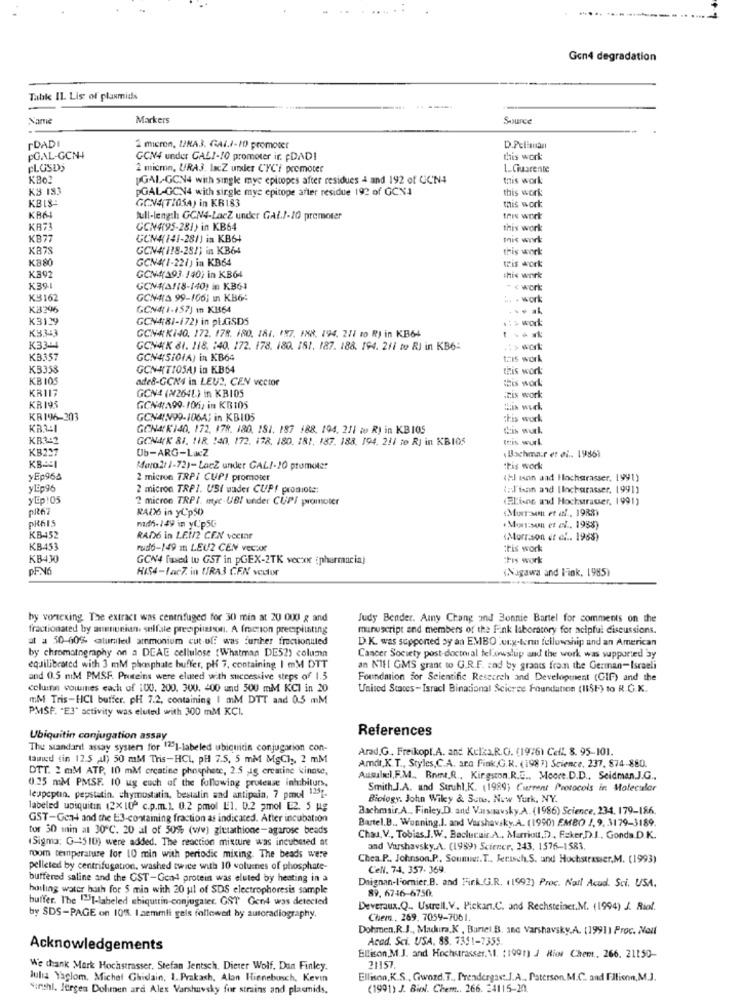
Gon4 degradation
Table IL. Lis of plasmids
Name
Markers
Source
FDADI
2 micron, UNA3. GALI-10 promover
D.Peliman
PGAL-GCN4
GCN4 under GALI-10 promoter ir pDADI
this work
FLOSDO
2 micro, URAJ. IacZ under CYCH promoter
L_ Ciusrente
KBO
[GAL-GCN4 with single mye epicopes after residues 4 and 192 of UCN4
this work
K3 183
pGAL-GCN4 with single mye epitope after residue 192 of GCN4
this work
KBIS-
GON4(TIOSA) in KB183
this work
KR64
full-length GCN4-LacZ under GAL !- 10 premeter
this work
KR73
CCN4195-281) in KB64
this work
KB77
GCN4(141-28/) in KB6+
this work
KB78
GCN4(178-28/1 in KB64
this work
KB80
GCN4(1-221) in KB64
Tis work
K392
GCN4(193 /40) in KB64
this work
K391
GCN#2118-140) in KB64
- c work
K3162
GCN43 99-106; ın KB6:
.. . work
KB296
GCN4(1-157) mn K1564
K3129
GCN4(81-172) in pLGSDS
.: > work
K3343
GCN4KI40, 172. 178. 180. 181. 187. 188. 194. 211 to R) in KB64
K33-4
GCN4K 81. 118. : 40. 172. 178. 180. 181. 187. 188. 194. 211 to RI in KB6:
.: > work
KB357
GCN4SI01A) in KB64
this work
KB353
GCNATIOSAJ in KB64
this work
KBIOS
ade&-GCN4 in LEU2, CEN vector
this work
KR117
GCN4 (W2641) in KB105
Eis work
KR195
GCN4A99-106, in KBIOS
KR196-203
GCNAN99-1064; in KB105
:Fis work
KB3:1
GCN4K140, 172. 178. 180. 181. 187 688. 194. 211 to R) in KBIOS
das wurk
KB3-2
GON4(K 81. 118. 140. 172. 178. 180. 181. 187. 188. 194. 211 to RJ in KBIOS
Inis wurl.
KB227
Ub-ARG-LacZ
Bachmar et ei .. 19861
KB-251
Mara 21 1-72)- LaeZ under GALI-20 promoter
this work
yEp964
2 micron TRPI CUP/ promoter
(Hl inn and Hochgrasser, 1991)
yEp96
2 micron TRPI. USI uader CUP! promiote:
1:1'train and [locharasser. 1991]
yLp:05
2 micron TRPI. myc-UBI under CUPS promoter
(Eliane and Hochstrauer, 1991)
pit67
RADS in yCp50)
Murr-son et al, 1988)
PR615
md6-14 in yC'p5G
« Man et al ., 1988)
KB-452
RAD6 in LEI/2 CEN vector
(Morrison er ef .. 1968)
KB453
rud6-149 m LEU2 CEN VECAK
:tis work
KB430
GCN4 [used to GST in pGEX-2TK vecxx (pharmacia)
;Fiş work
HIS4-ParZ. in URA3 CEN vector
(Nagawa and Fink, 1985)
hy vonexing. The extract was centrifuged for 30 min at 20 000 g and
Judy Bender. Amy Chang and Bonnie Bartel for comments on the
fractionated by anenuniun. selfale precipizion. A freon precipitating
manuscript and members of the Fink laboratory for acipful discussions.
at a 50-60% catunited ammonium cut-off was further fractionuted
D.K. was supported by an EMBO urg-term fellowship und an American
by chromatography on a DEAE cellulose :Whatman DE52) column
Cancer Society post-doctoral fellowship and the work was supported by
equilibrated with 3 mM phosphate buffer, pli 7, containing I mM DTT
an NIE[ GMS grant to G.R.F. and by grands from the German-Israeli
and 0.5 mM PMSF. Proteins were elused with successive steps of 1.5
Foundation for Scientific Research and Development (GIF) and the
column volumes each of 100. 200, 300. 200 and 500 mM KCI in 20
United States- Israel Binational Science Foundation (IISF) to R.G.K.
mM Tris-HCI butfer. pH 7.2, containing I mM DTT and 0.5 mM
PMSF. "E3" activity was eluted with 300 mM KCI.
References
Ubiquitin conjugation assay
The standard assay system for 12"1-labeled ubiquitin conjugarion con-
Arad.G ., Freikopl.A. and Kelka.R.G. (19:6) Cell. 8. 95-101.
tauwed tin 12.5 Al) 50 mM Tris-HCL, PH 7.5, 5 mM MgCl ,, 2 mM
DTT. 2 mM ATP, 10 mM crcatine phosphere, 2.5 -Ig creatine kinase,
Amdt, K.T ., Styles,C.A. ara Fink,G.K. (1987) Science, 237, 874-880.
Ausubel, F.M .. Bomt.R ., Kingston.R.E ., Moore.D.D ., Seidman.J.G ..
0.25 mM PMSF. 10 ug cuch of the following protease inhibiturs,
Smith.J.A. and Struhl.K. (1989) Current Protocols in Molecular
lespeptia. pepstatin. chymostatin, bestalin and antipain, 7 pmol 1251-
Biology. John Wiley & Sun, New York, NY.
labeled upiquitin (2X 10º c.p.m.). 0.2 pmol L:1. 0.2 amol E2. 5 Mg
Bachmair.A ., Finley.D. and Vussavsky.A. (1986) Science, 234. 179-186.
GST-Gen- and the E3-containing fraction as indicated. Atter incubation
Bartel.B ., Wunning.I. and Varshavsky.A. (1990) EMBO 1, 9, 3179-3189.
tor 50 min al 30℃. 20 al of 50% (ww) glutathione-agarose beads
(Sigma: G-15 10) were added. The reaction mixture was incubated at
Chau, V ., Tobias.J.W ., Bacluruir.A ., Marriott,D. Faker.D.J ., Gonds.D.K.
and Varshavsky.A. (1999) Sciener, 243. 1576-1583.
room temperature for 10 min with periodic mixing. The beads were
Chea .P .. Johnson.P ., Soumis. T ., Jerisch.S. and Hochstrasser.M. (1993)
pelleted by centrifugation, washed twice with 10 volumes of phosphate-
Cell. 74, 357- 369.
buffered saline and the CST-Gen-4 protein was eluted by heating in a
Deignan-Fornier.B. and Firl.C.R. ( 1992) Proc. Nart Acud. Sci, USA.
boiling water hath for 5 min with 30 ul of SDS electrophoresis sample
89. 6746-6750
buffer. The I-labeled ubiquitin-conjugater. GST Gend was detected
Deveraux.Q. Ustrell.V. Pickan.C. and Rechsteiner,M. (1994) J. Rial.
by SDS-PAGE on 10%. I .aemmli gels followed by autoradiography.
Chem, 269. 7059-7061.
Dohmen,R.J ., Macura,K , Bartel .B. ane Varshavsky.A. (19911 Proc. Noul
Acad. Sci. USA, 88. 7351-7355.
Acknowledgements
Ellison,M.J. and Hochstrasser.M. (1991) J Rios Chem .. 266. 21150-
We dank Mark Hochstrasser. Stefan Jentsch. Dieter Wolf, Dan Finley.
21157.
Julia Yaglom. Michel Ghislain, 1. Prakash, Alan Hienebusch, Kevin
Ellison,K.S ., Gword. T ., Prendergas :. J.A. Paterson.M.C. and Ellison,M.J.
"truhl. Jürgen Dohmen ard Alex Varshavsky for strains and plasmids,
(1991) J. Bil. Chem .. 266. 24115-20